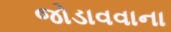
જોડાવવાના